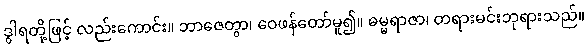
ဒွါရတို့ဖြင့် လည်းကောင်း။ ဘာဇေတွာ၊ ဝေဖန်တော်မူ၍။ ဓမ္မရာဇာ၊ တရားမင်းဘုရားသည်။